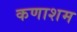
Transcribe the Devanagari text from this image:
कणाशम